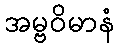
အမ္ဗဝိမာနံ